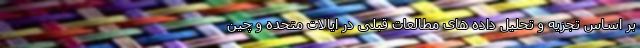
بر اساس تجزیه و تحلیل داده های مطالعات قبلی در ایالات متحده و چین